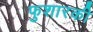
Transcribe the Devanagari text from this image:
फुशारकी